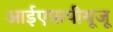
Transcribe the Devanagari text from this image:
आईएफ़पीयूजू